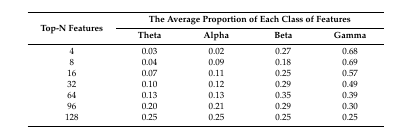
<table><thead><tr><td rowspan="2"><b>Top-N Features</b></td><td colspan="4"><b>The Average Proportion of Each Class of Features</b></td></tr><tr><td><b>Theta</b></td><td><b>Alpha</b></td><td><b>Beta</b></td><td><b>Gamma</b></td></tr></thead><tbody><tr><td>4</td><td>0.03</td><td>0.02</td><td>0.27</td><td>0.68</td></tr><tr><td>8</td><td>0.04</td><td>0.09</td><td>0.18</td><td>0.69</td></tr><tr><td>16</td><td>0.07</td><td>0.11</td><td>0.25</td><td>0.57</td></tr><tr><td>32</td><td>0.10</td><td>0.12</td><td>0.29</td><td>0.49</td></tr><tr><td>64</td><td>0.13</td><td>0.13</td><td>0.35</td><td>0.39</td></tr><tr><td>96</td><td>0.20</td><td>0.21</td><td>0.29</td><td>0.30</td></tr><tr><td>128</td><td>0.25</td><td>0.25</td><td>0.25</td><td>0.25</td></tr></tbody></table>